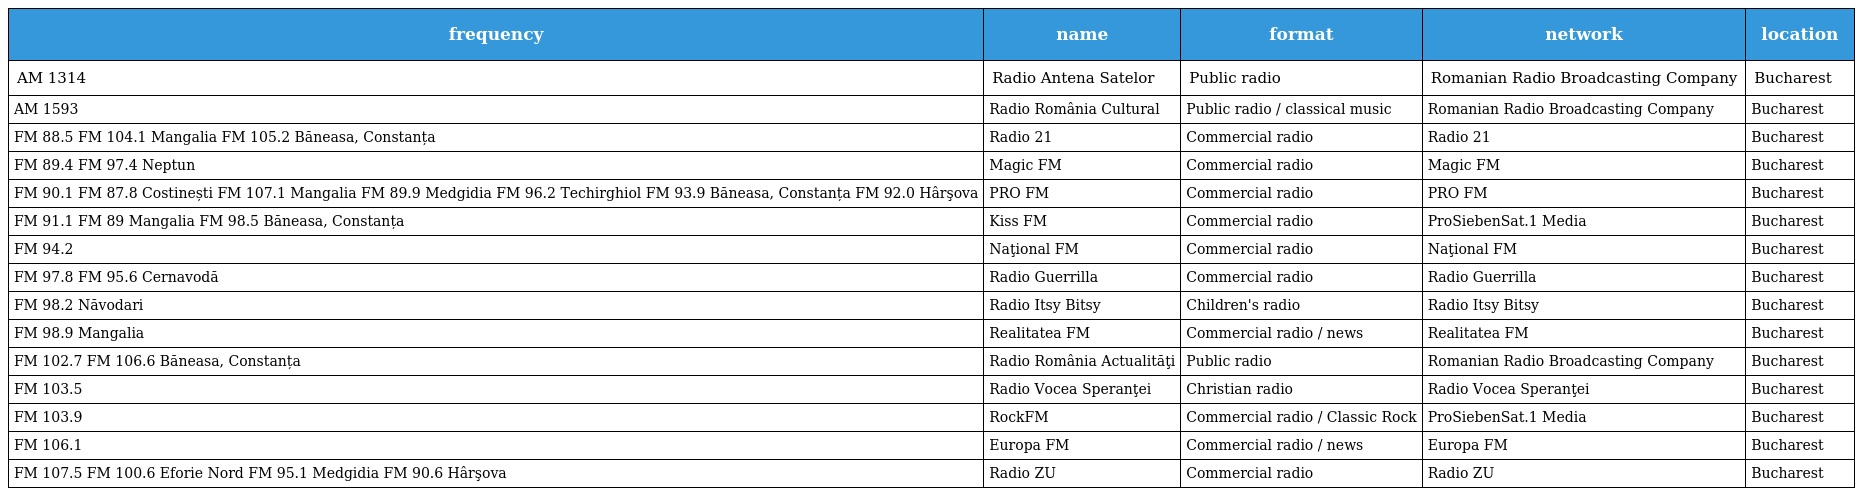
| frequency | name | format | network | location |
 | --- | --- | --- | --- | --- |
 | AM 1314 | Radio Antena Satelor | Public radio | Romanian Radio Broadcasting Company | Bucharest |
 | AM 1593 | Radio România Cultural | Public radio / classical music | Romanian Radio Broadcasting Company | Bucharest |
 | FM 88.5 FM 104.1 Mangalia FM 105.2 Băneasa, Constanța | Radio 21 | Commercial radio | Radio 21 | Bucharest |
 | FM 89.4 FM 97.4 Neptun | Magic FM | Commercial radio | Magic FM | Bucharest |
 | FM 90.1 FM 87.8 Costinești FM 107.1 Mangalia FM 89.9 Medgidia FM 96.2 Techirghiol FM 93.9 Băneasa, Constanța FM 92.0 Hârşova | PRO FM | Commercial radio | PRO FM | Bucharest |
 | FM 91.1 FM 89 Mangalia FM 98.5 Băneasa, Constanța | Kiss FM | Commercial radio | ProSiebenSat.1 Media | Bucharest |
 | FM 94.2 | Naţional FM | Commercial radio | Naţional FM | Bucharest |
 | FM 97.8 FM 95.6 Cernavodă | Radio Guerrilla | Commercial radio | Radio Guerrilla | Bucharest |
 | FM 98.2 Năvodari | Radio Itsy Bitsy | Children's radio | Radio Itsy Bitsy | Bucharest |
 | FM 98.9 Mangalia | Realitatea FM | Commercial radio / news | Realitatea FM | Bucharest |
 | FM 102.7 FM 106.6 Băneasa, Constanța | Radio România Actualităţi | Public radio | Romanian Radio Broadcasting Company | Bucharest |
 | FM 103.5 | Radio Vocea Speranţei | Christian radio | Radio Vocea Speranţei | Bucharest |
 | FM 103.9 | RockFM | Commercial radio / Classic Rock | ProSiebenSat.1 Media | Bucharest |
 | FM 106.1 | Europa FM | Commercial radio / news | Europa FM | Bucharest |
 | FM 107.5 FM 100.6 Eforie Nord FM 95.1 Medgidia FM 90.6 Hârşova | Radio ZU | Commercial radio | Radio ZU | Bucharest |